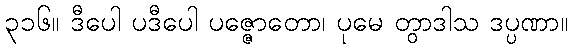
၃၁၆။ ဒီပေါ ပဒီပေါ ပဇ္ဇောတော၊ ပုမေ တွာဒါသ ဒပ္ပဏာ။